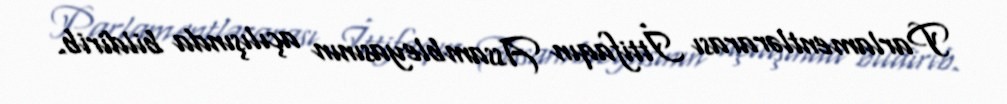
Parlamentlərarası İttifaqın Assambleyasının açılışında bildirib.